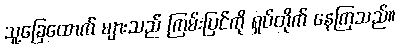
သူ့ခြေထောက် များသည် ကြမ်းပြင်ကို ရှပ်တိုက် နေကြသည်။